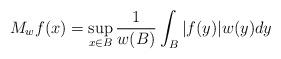
LaTeX: \begin{align*}M_wf(x)=\sup\limits_{x\in B}\frac{1}{w(B)}\int_B|f(y)|w(y)dy\end{align*}